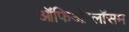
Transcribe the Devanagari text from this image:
ऑफिओग्लॉसम